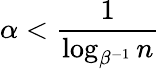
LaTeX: \alpha<\frac{1}{\log_{\beta^{-1}}n}